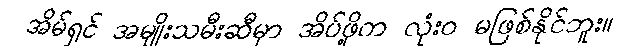
အိမ်ရှင် အမျိုးသမီးဆီမှာ အိပ်ဖို့က လုံးဝ မဖြစ်နိုင်ဘူး။